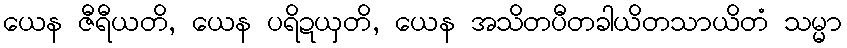
ယေန ဇီရီယတိ, ယေန ပရိဍယှတိ, ယေန အသိတပီတခါယိတသာယိတံ သမ္မာ